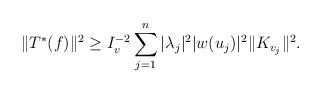
LaTeX: \begin{align*}\Vert T^{\ast}(f)\Vert^2\geq I_{v}^{-2} \sum_{j=1}^n |\lambda_j|^2|w(u_j)|^2 \Vert K_{v_j}\Vert^2.\end{align*}